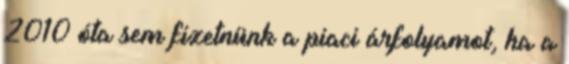
2010 óta sem fizetnünk a piaci árfolyamot, ha a